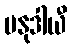
ပနုဒါယီ